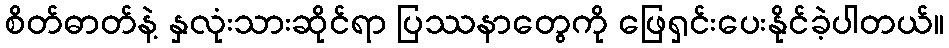
စိတ်ဓာတ်နဲ့ နှလုံးသားဆိုင်ရာ ပြဿနာတွေကို ဖြေရှင်းပေးနိုင်ခဲ့ပါတယ်။